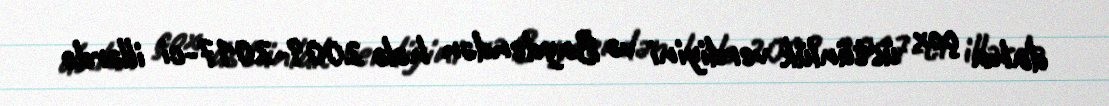
daha çox üstünlük verdiyini və Baydendən hələ 2009-2017-ci illərdə